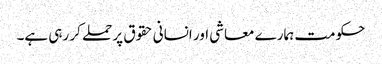
حکومت ہمارے معاشی اور انسانی حقوق پر حملے کر رہی ہے۔